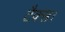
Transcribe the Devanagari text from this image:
टैक्स।